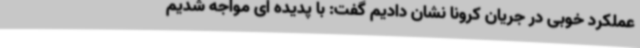
عملکرد خوبی در جریان کرونا نشان دادیم گفت: با پدیده ای مواجه شدیم